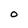
Character: 0